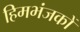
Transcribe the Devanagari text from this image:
हिमभंजकों